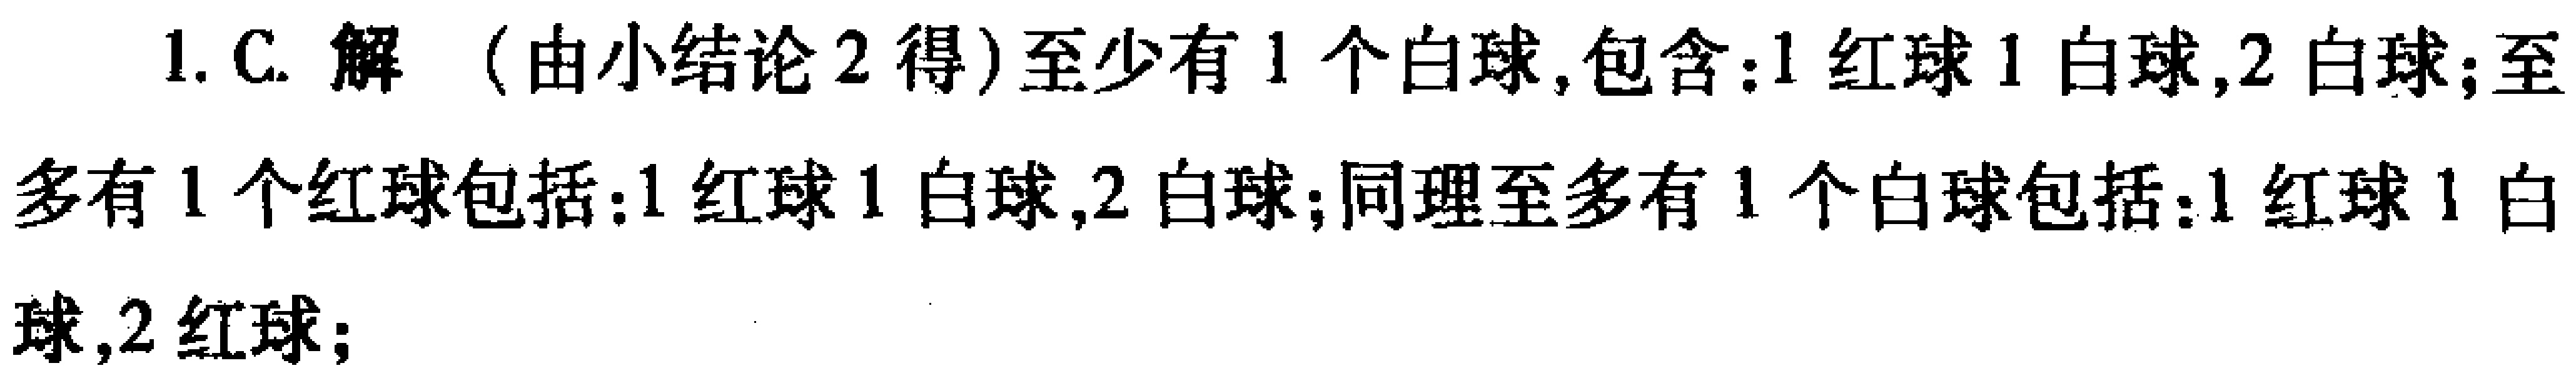
1. C. 解（由小结论2得）至少有1个白球,包含：1红球1白球,2白球；至多有1个红球包括：1红球1白球,2白球；同理至多有1个白球包括：1红球1白球,2红球；